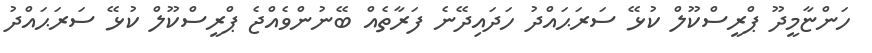
ހަންޏާމީދޫ ޕްރީސްކޫލް ކުޅޭ ސަރަޙައްދު ހަދައިދޭނެ ފަރާތެއް ބޭނުންވެއްޖެ ޕްރީސްކޫލް ކުޅޭ ސަރަޙައްދު